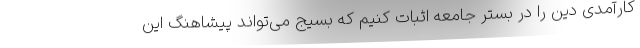
کارآمدی دین را در بستر جامعه اثبات کنیم که بسیج می‌تواند پیشاهنگ این